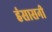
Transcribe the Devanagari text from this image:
हंसासनी